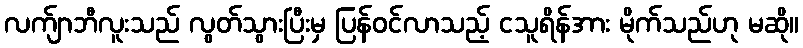
လက်ျာဘီလူးသည် လွတ်သွားပြီးမှ ပြန်ဝင်လာသည့် ငသူရိန်အား မိုက်သည်ဟု မဆို။